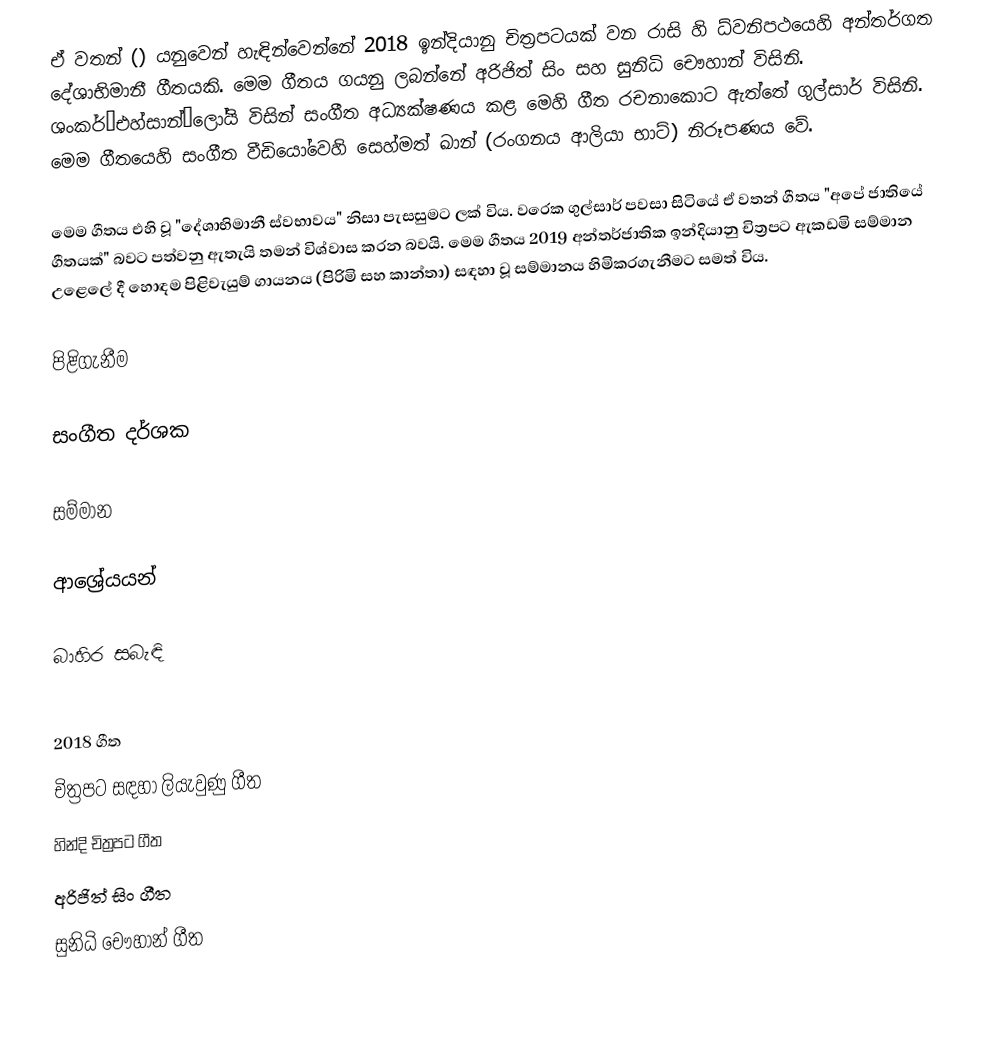
ඒ වතන් () යනුවෙන් හැඳින්වෙන්නේ 2018 ඉන්දියානු චිත්‍රපටයක් වන රාසි හි ධ්වනිපථයෙහි අන්තර්ගත දේශාභිමානී ගීතයකි. මෙම ගීතය ගයනු ලබන්නේ අරිජිත් සිං සහ සුනිධි චෞහාන් විසිනි. ශංකර්–එහ්සාන්–ලෝයි විසින් සංගීත අධ්‍යක්ෂණය කළ මෙහි ගීත රචනාකොට ඇත්තේ ගුල්සාර් විසිනි. මෙම ගීතයෙහි සංගීත වීඩියෝවෙහි සෙහ්මත් ඛාන් (රංගනය ආලියා භාට්) නිරූපණය වේ.

මෙම ගීතය එහි වූ "දේශාභිමානී ස්වභාවය" නිසා පැසසුමට ලක් විය. වරෙක ගුල්සාර් පවසා සිටියේ ඒ වතන් ගීතය "අපේ ජාතියේ ගීතයක්" බවට පත්වනු ඇතැයි තමන් විශ්වාස කරන බවයි. මෙම ගීතය 2019 අන්තර්ජාතික ඉන්දියානු චිත්‍රපට ඇකඩමි සම්මාන උළෙලේ දී හොඳම පිළිවැයුම් ගායනය (පිරිමි සහ කාන්තා) සඳහා වූ සම්මානය හිමිකරගැනීමට සමත් විය.

පිළිගැනීම

සංගීත දර්ශක

සම්මාන

ආශ්‍රේයයන්

බාහිර සබැඳි

2018 ගීත
චිත්‍රපට සඳහා ලියැවුණු ගීත
හින්දි චිත්‍රපට ගීත
අරිජිත් සිං ගීත
සුනිධි චෞහාන් ගීත